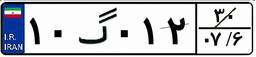
۱۰گ۰۱۲۳۰